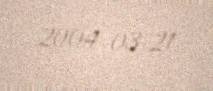
2004-03-21